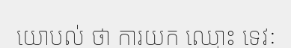
យោបល់ ថា ការយក ឈ្មោះ ទេវៈ